Report of an investigation into the causes of the diseases known in Assam as Kála-Azár and Beri-Beri
Disease focus: Beri-Beri
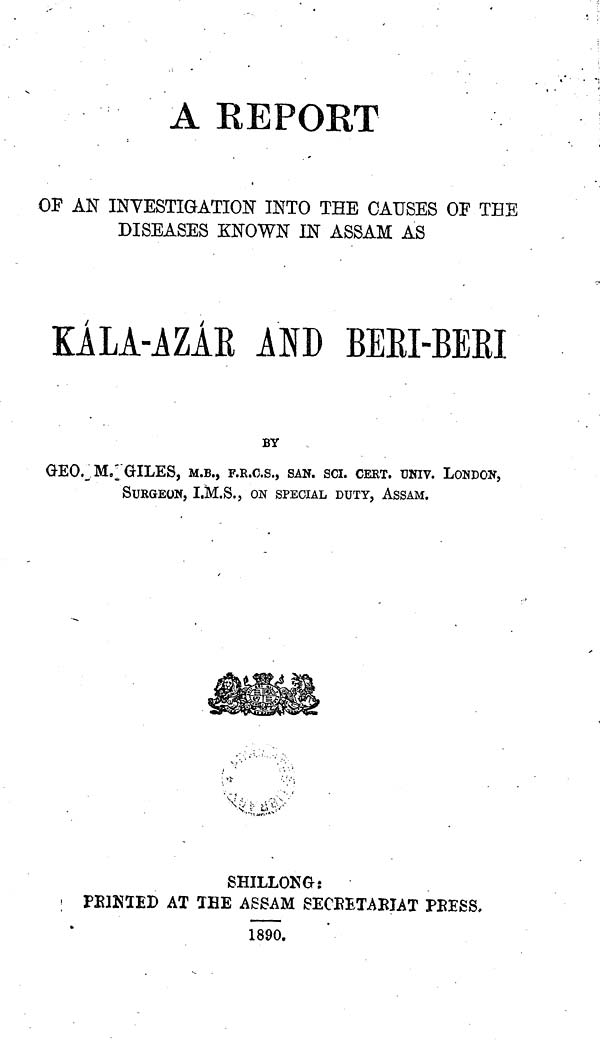
A REPORT
OF AN INVESTIGATION INTO THE CAUSES OF THE
DISEASES KNOWN IN ASSAM AS
KALA-iZAR AND BEKI-BEBI
BY
GEO, M, GILES, M.B., F.R.C.S., SAN. sci. CERT. UNIV. LONDON,
SURGEON, I.M.S., ON SPECIAL DUTY, ASSAM.
SHILLONGi
FEINTED AT THE ASSAM SECEETABIAT PBESS,
1890.